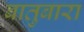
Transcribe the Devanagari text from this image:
बातुबारा